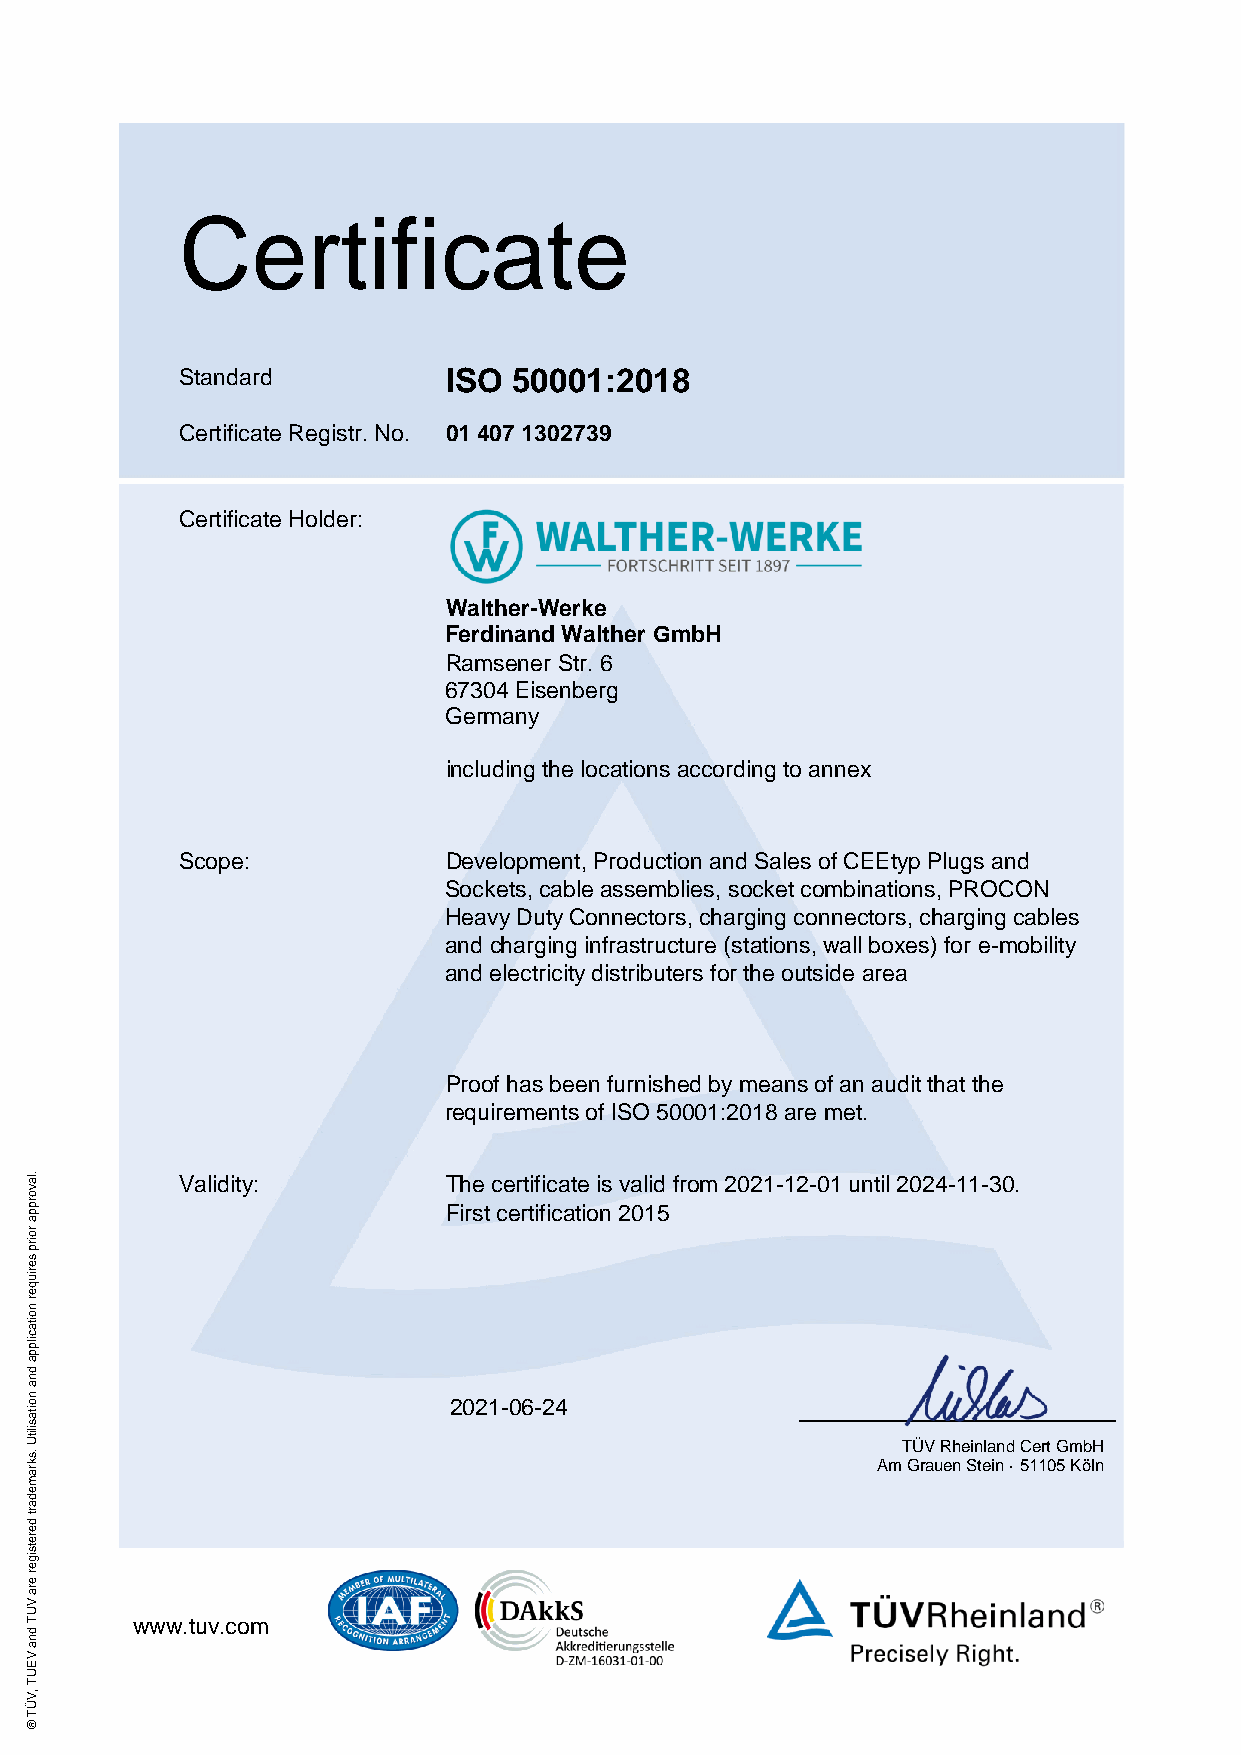
Certificate
 Standard         ISO  50001:2018
 Certificate Registr. No. 01 407 1302739
 Certificate Holder:
 Walther-Werke
 Ferdinand Walther GmbH
 Ramsener Str. 6
 67304 Eisenberg
 Germany
 including the locations according to annex
 Scope:           Development, Production and Sales of CEEtyp Plugs and
 Sockets, cable assemblies, socket combinations, PROCON
 Heavy Duty Connectors, charging connectors, charging cables
 and charging infrastructure (stations, wall boxes) for e-mobility
 and electricity distributers for the outside area
 Proof has been furnished by means of an audit that the
 requirements of ISO 50001:2018 are met.
 al.       Validity:        The certificate is valid from 2021-12-01 until 2024-11-30.
 v
 ppro
 First certification 2015
 or
 a
 es
 pri
 uir
 q
 e
 n
 r
 o
 ati
 plic
 ap
 d
 n
 a
 on                          2021-06-24
 ks.
 Utilisati
 Am
 T GÜ rV
 au
 R eh ne Sin tela inn d
 ·
 5C 1e 1rt
 0
 G
 5
 m Köb lH
 n
 mar
 e
 d
 d
 tra
 egistere
 e
 r
 ar
 V
 U
 T      www.tuv.com
 nd
 a
 V
 E
 V,
 TU
 Ü
 T
 ®